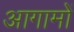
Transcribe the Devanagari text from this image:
आगामों